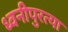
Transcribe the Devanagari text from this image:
ध्वनीपुरत्या